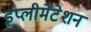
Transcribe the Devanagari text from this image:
इंप्लीमेंटेशन